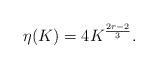
LaTeX: \begin{align*} \eta(K) = 4 K^{\frac{2r-2}{3}}.\end{align*}